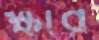
ক্ষার